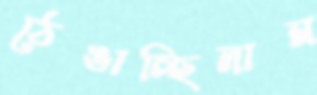
ঠেঙাচ্ছিলাম